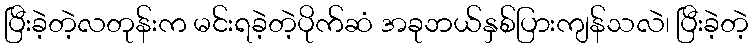
ပြီးခဲ့တဲ့လတုန်းက မင်းရခဲ့တဲ့ပိုက်ဆံ အခုဘယ်နှစ်ပြားကျန်သလဲ၊ ပြီးခဲ့တဲ့